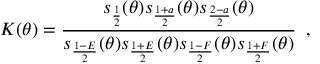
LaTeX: K ( \theta ) = \frac { s _ { \frac { 1 } { 2 } } ( \theta ) s _ { \frac { 1 + a } { 2 } } ( \theta ) s _ { \frac { 2 - a } { 2 } } ( \theta ) } { s _ { \frac { 1 - E } { 2 } } ( \theta ) s _ { \frac { 1 + E } { 2 } } ( \theta ) s _ { \frac { 1 - F } { 2 } } ( \theta ) s _ { \frac { 1 + F } { 2 } } ( \theta ) } \, \, \, ,